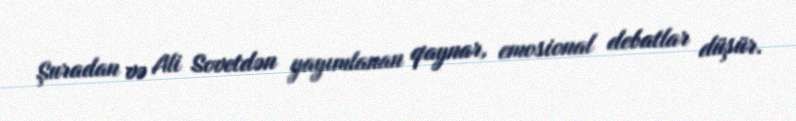
Şuradan və Ali Sovetdən yayımlanan qaynar, emosional debatlar düşür.